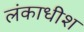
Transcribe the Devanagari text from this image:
लंकाधीश